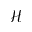
\mathcal { H }